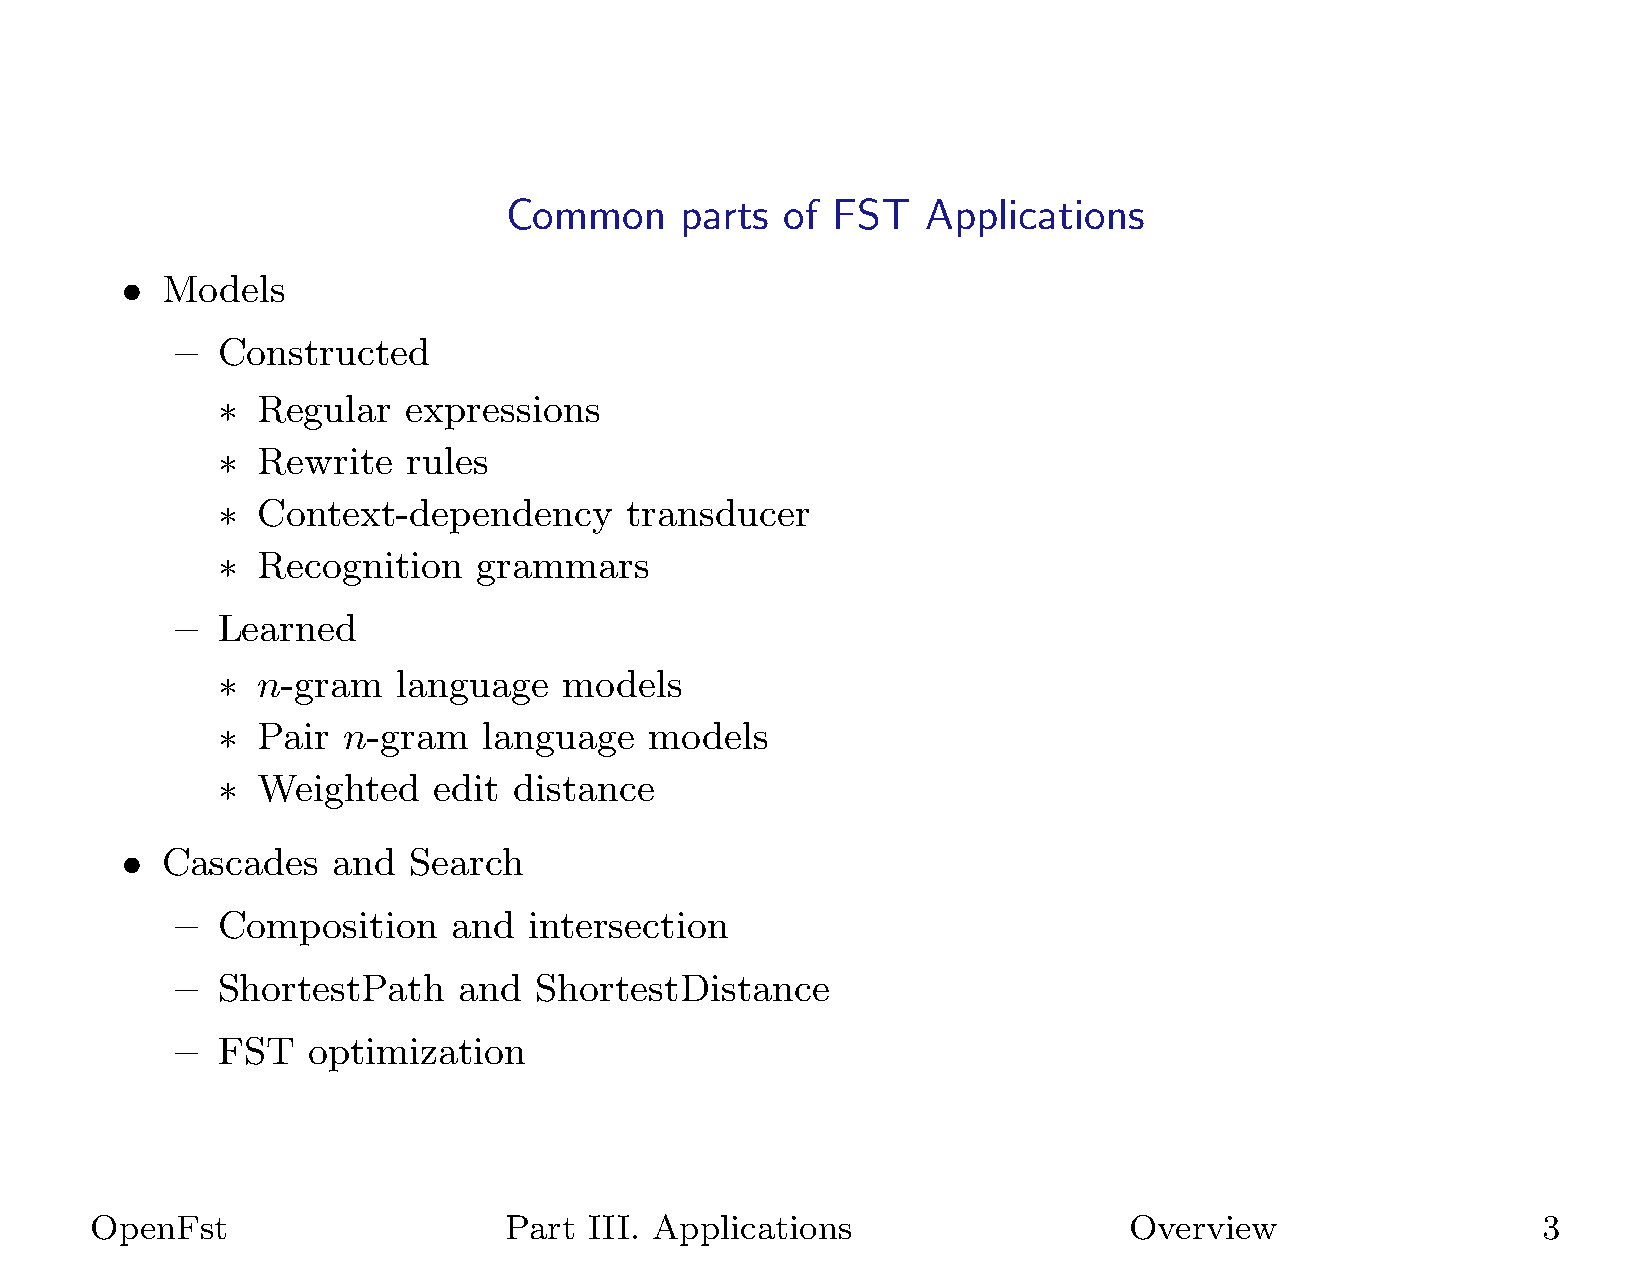
Common      parts  of FST   Applications
 •  Models
 – Constructed
 ∗  Regular   expressions
 ∗  Rewrite   rules
 ∗  Context-dependency      transducer
 ∗  Recognition    grammars
 – Learned
 ∗  n-gram   language   models
 ∗  Pair  n-gram   language   models
 ∗  Weighted    edit distance
 •  Cascades   and  Search
 – Composition     and  intersection
 – ShortestPath    and  ShortestDistance
 – FST   optimization
 OpenFst                    Part  III. Applications                   Overview                   3